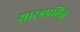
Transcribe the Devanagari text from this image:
शास्त्रप्रसिद्ध